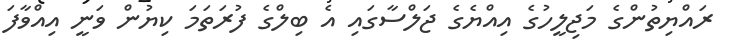
ރައްޔިތުންގެ މަޖިލީހުގެ އިއްޔެގެ ޖަލްސާގައި އެ ބިލްގެ ފުރަތަމަ ކިޔުން ވަނީ އިއްވާފަ